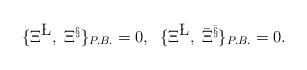
\begin{align*}\{ \Xi^{\L},\; \Xi^{\S} \}_{P.B.}=0, \;\; \{ \Xi^{\L}, \; {\bar\Xi}^{\bar\S}\}_{P.B.}=0.\end{align*}